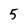
Character: 5